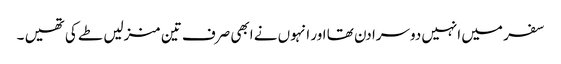
سفر میں انہیں دوسرا دن تھا اور انہوں نے ابھی صرف تین منزلیں طے کی تھیں ۔